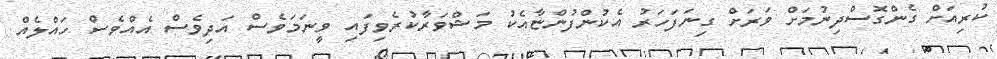
ކުރިއަށް ގެންގޮސްދިނުމަށް ވަރަށް ގިނަފަހަރު އެކުންފުންޏާއެކު މަޝްވަރާކުރެވިފައި ވީނަމަވެސް އަދިވެސް އެއްވެސް ހައްލެއް